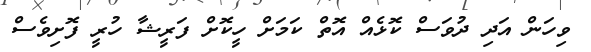
ވިހަން އަދި ދުވަސް ކޮޅެއް އޮތް ކަމަށް ހީކޮށް ފަރީޝާ ހުރީ ފޮށިވެސް